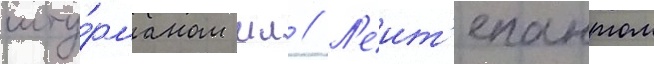
шту́рманом мл // Л'еит'енантом